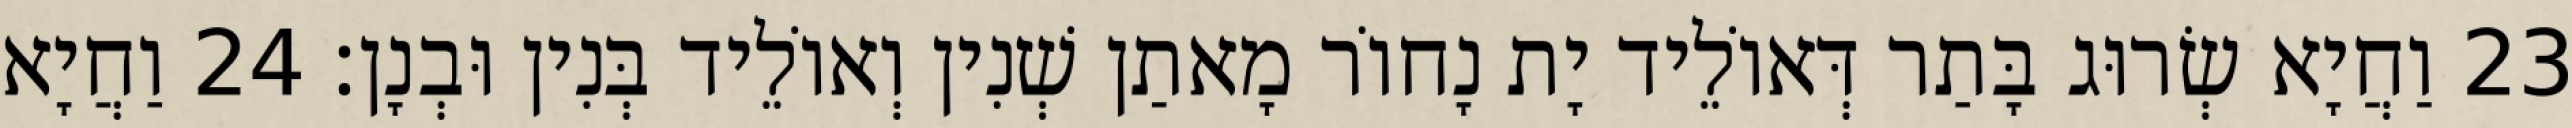
23 וַחֲיָא שְׂרוּג בָּתַר דְּאוֹלֵיד יָת נָחוֹר מָאתַן שְׁנִין וְאוֹלֵיד בְּנִין וּבְנָן׃ 24 וַחֲיָא